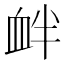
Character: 衅